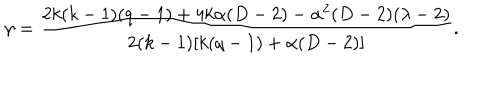
LaTeX: \gamma = \frac { 2 k ( k - 1 ) ( q - 1 ) + 4 k \alpha ( D - 2 ) - \alpha ^ { 2 } ( D - 2 ) ( \lambda - 2 ) } { 2 ( k - 1 ) [ k ( q - 1 ) + \alpha ( D - 2 ) ] } .